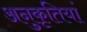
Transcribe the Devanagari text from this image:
अनुकृतियां